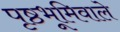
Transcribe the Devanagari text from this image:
पृष्ठभूमिवाले